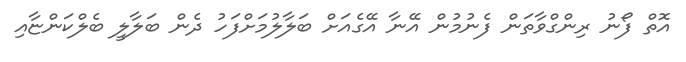
އޮތް ފޯނު ރިންގްވާތަން ފެނުމުން އޭނާ އޭގެއަށް ބަލާލުމަށްފަހު ދެން ބަލާލީ ބެލްކަންޏާއި